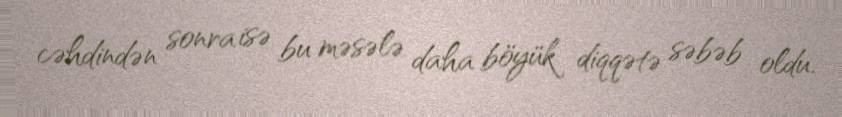
cəhdindən sonra isə bu məsələ daha böyük diqqətə səbəb oldu.